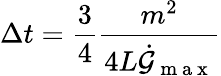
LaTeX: \Delta t=\frac{3}{4}\frac{m^{2}}{4L\dot{\mathcal{G}}_{\mathrm{~m~a~x~}}}